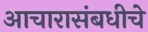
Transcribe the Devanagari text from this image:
आचारासंबधीचे